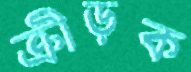
ক্রীড়ক